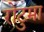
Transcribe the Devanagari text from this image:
रोटुमा